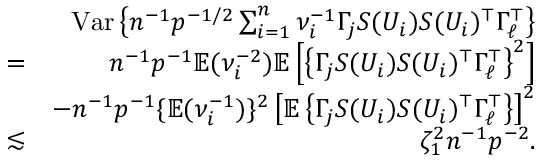
\begin{array} { r l r } & { } & { \mathrm { V a r } \left\{ n ^ { - 1 } p ^ { - 1 / 2 } \sum _ { i = 1 } ^ { n } \nu _ { i } ^ { - 1 } \Gamma _ { j } S ( U _ { i } ) S ( U _ { i } ) ^ { \top } \Gamma _ { \ell } ^ { \top } \right\} } \\ & { = } & { n ^ { - 1 } p ^ { - 1 } { \mathbb { E } } ( \nu _ { i } ^ { - 2 } ) { \mathbb { E } } \left[ \left\{ \Gamma _ { j } S ( U _ { i } ) S ( U _ { i } ) ^ { \top } \Gamma _ { \ell } ^ { \top } \right\} ^ { 2 } \right] } \\ & { } & { - n ^ { - 1 } p ^ { - 1 } \{ { \mathbb { E } } ( \nu _ { i } ^ { - 1 } ) \} ^ { 2 } \left[ { \mathbb { E } } \left\{ \Gamma _ { j } S ( U _ { i } ) S ( U _ { i } ) ^ { \top } \Gamma _ { \ell } ^ { \top } \right\} \right] ^ { 2 } } \\ & { \lesssim } & { \zeta _ { 1 } ^ { 2 } n ^ { - 1 } p ^ { - 2 } . } \end{array}